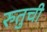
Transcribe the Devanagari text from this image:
रुतुची